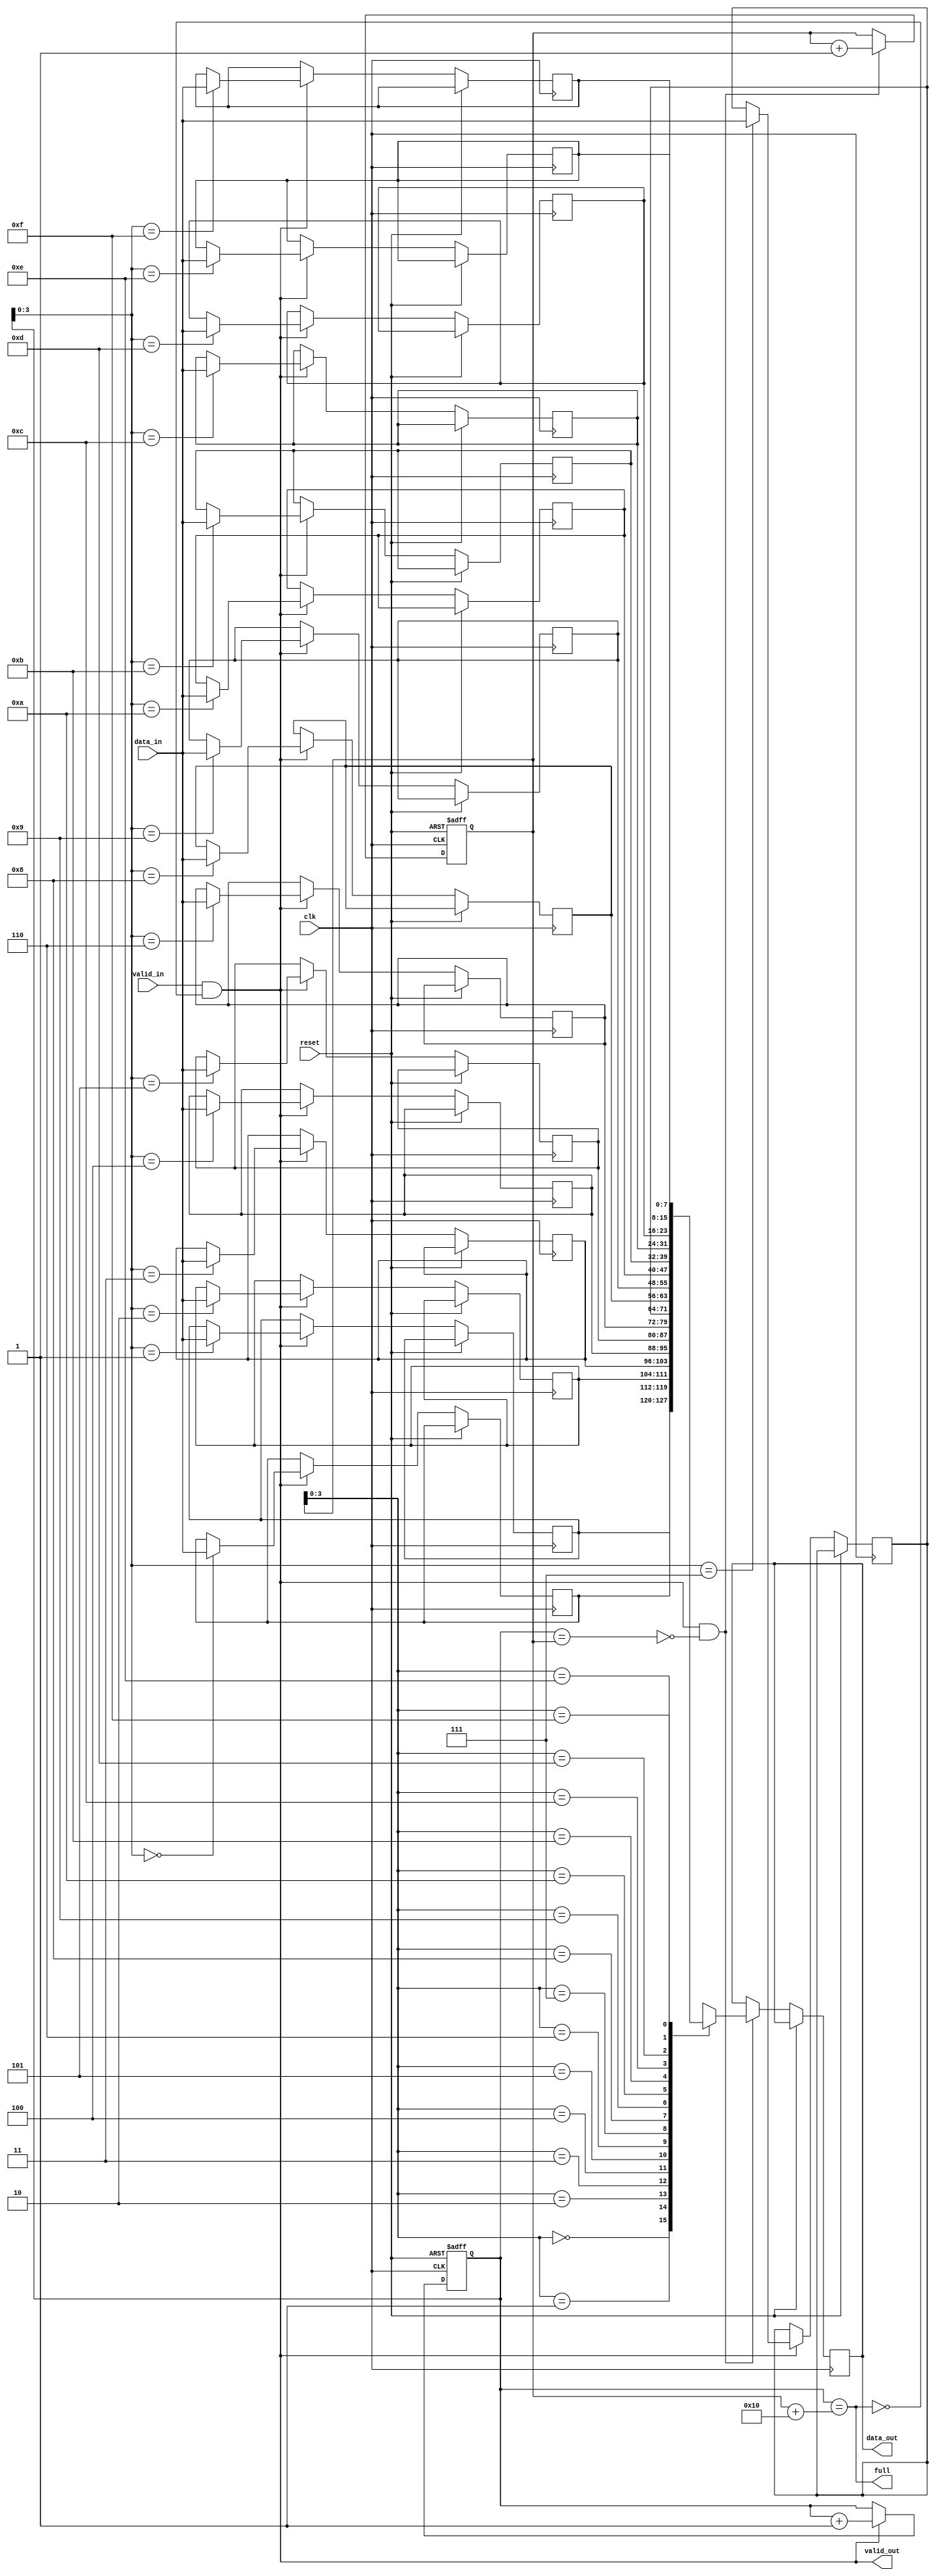
module last_word_fall_through_fifo (
    input wire clk,
    input wire reset,
    input wire valid_in,
    input wire [DATA_WIDTH-1:0] data_in,
    output wire full,
    output wire valid_out,
    output wire [DATA_WIDTH-1:0] data_out
);

parameter DEPTH = 16;
parameter DATA_WIDTH = 8;

reg [DEPTH-1:0] wr_ptr, rd_ptr;
reg [DATA_WIDTH-1:0] fifo [DEPTH-1:0];

integer i;

always @(posedge clk or posedge reset) begin
    if (reset) begin
        wr_ptr <= 0;
        rd_ptr <= 0;
    end else begin
        if (valid_in && !full) begin
            fifo[wr_ptr] <= data_in;
            wr_ptr <= wr_ptr + 1;
        end
        if (valid_out && !empty) begin
            data_out <= fifo[rd_ptr];
            rd_ptr <= rd_ptr + 1;
        end
    end
end

assign full = (wr_ptr == rd_ptr + DEPTH);
assign empty = (wr_ptr == rd_ptr);

assign valid_out = valid_in && !full;

endmodule